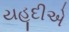
યહૂદીએ